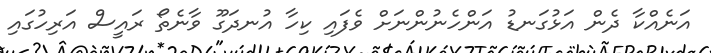
އަނެއްކާ ދެން އަޅުގަނޑު އަންހެނުންނަށް ވެފައި ކިހާ އުނދަގޫ ވާނެތޯ ރައީސް އަރިހުގައި